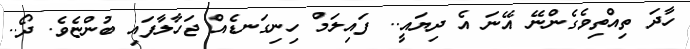
ހާދަ ތިއްތިވެގެންނޭ އޭނަ އެ ދިޔައީ.. ފައިލަމް ހިނިގަނޑެއް ޖަހާލާފައި ބުންޏެވެ. ދޯ..